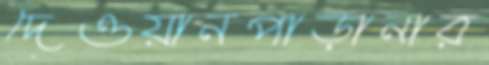
দেওয়ানপাড়ানার